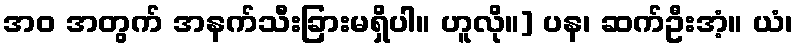
အဝ အတွက် အနက်သီးခြားမရှိပါ။ ဟူလို။] ပန၊ ဆက်ဦးအံ့။ ယံ၊